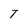
Character: T